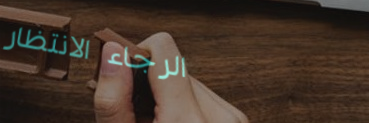
الرجاء الانتظار